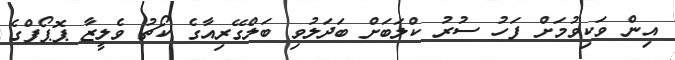
އިން ވަކިވުމަށް ފަހު ސުރު ކްލަބަށް ބަދަލުވި ބަލްގޭރިއާގެ ކޯޗު ވެލީޒާ ޕޮޕޯފްގެ